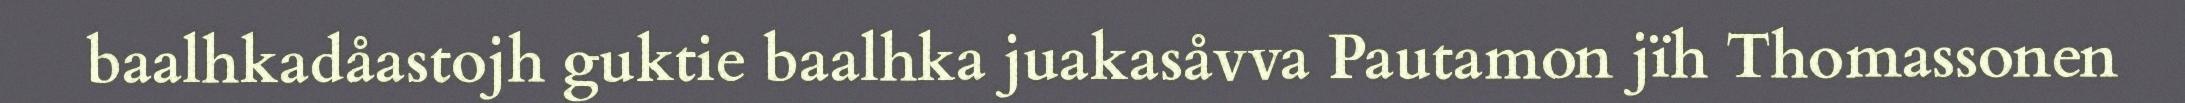
baalhkadåastojh guktie baalhka juakasåvva Pautamon jïh Thomassonen